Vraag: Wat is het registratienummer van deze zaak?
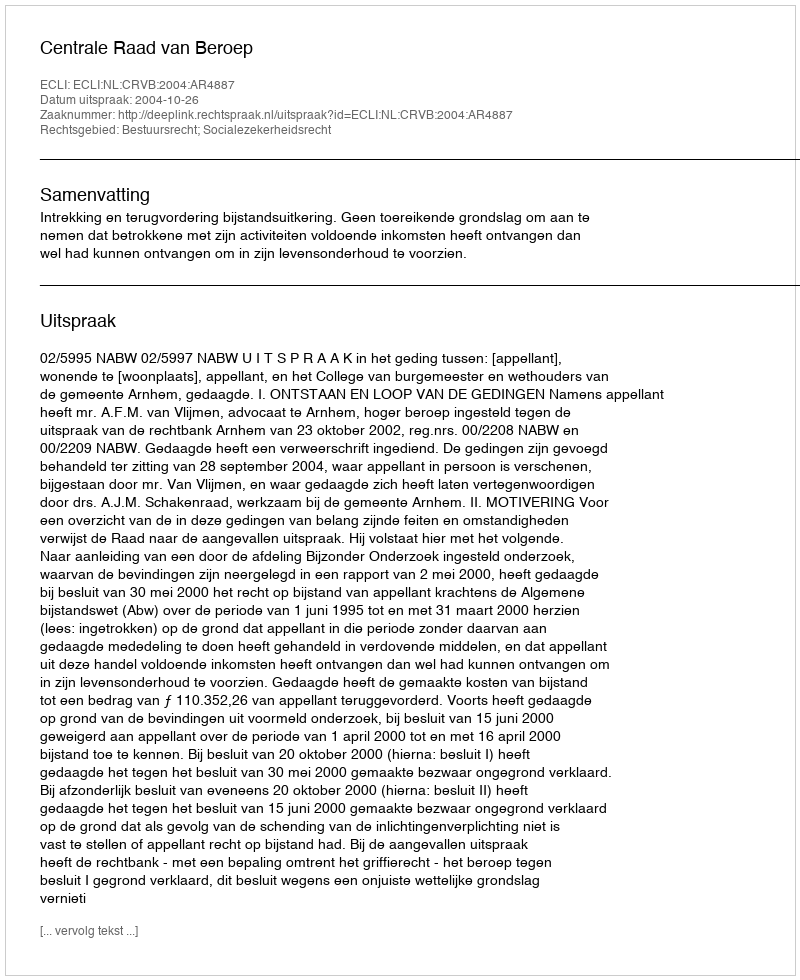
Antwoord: http://deeplink.rechtspraak.nl/uitspraak?id=ECLI:NL:CRVB:2004:AR4887